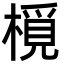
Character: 㯒